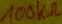
Text: 100KΩ